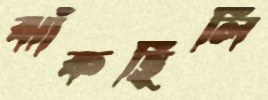
ঝাঁকছিলি